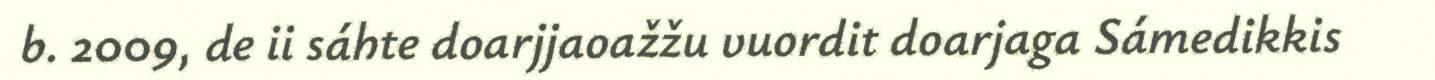
b. 2009, de ii sáhte doarjjaoažžu vuordit doarjaga Sámedikkis